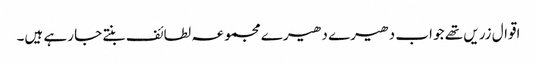
اقوال زریں تھے جو اب دھیرے دھیرے مجموعہ لطائف بنتے جا رہے ہیں۔